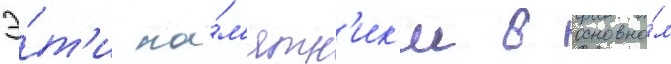
Э́т'и па́м'ятн'ик'и в основно́м